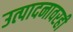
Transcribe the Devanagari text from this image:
उत्पादनावरही